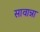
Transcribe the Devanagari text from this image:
सावान्ना